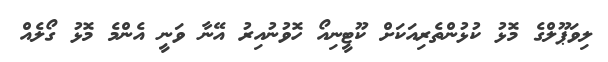
ލިވަޕޫލްގެ މޮޅު ކުޅުންތެރިއަކަށް ކޫޓީނިއޯ ހޮވުނުއިރު އޭނާ ވަނީ އެންމެ މޮޅު ގޯލެއް